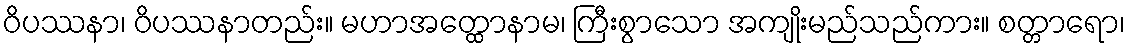
ဝိပဿနာ၊ ဝိပဿနာတည်း။ မဟာအတ္ထောနာမ၊ ကြီးစွာသော အကျိုးမည်သည်ကား။ စတ္တာရော၊